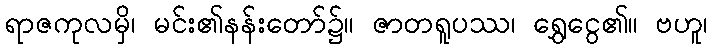
ရာဇကုလမှိ၊ မင်း၏နန်းတော်၌။ ဇာတရူပဿ၊ ရွှေငွေ၏။ ဗဟူ၊